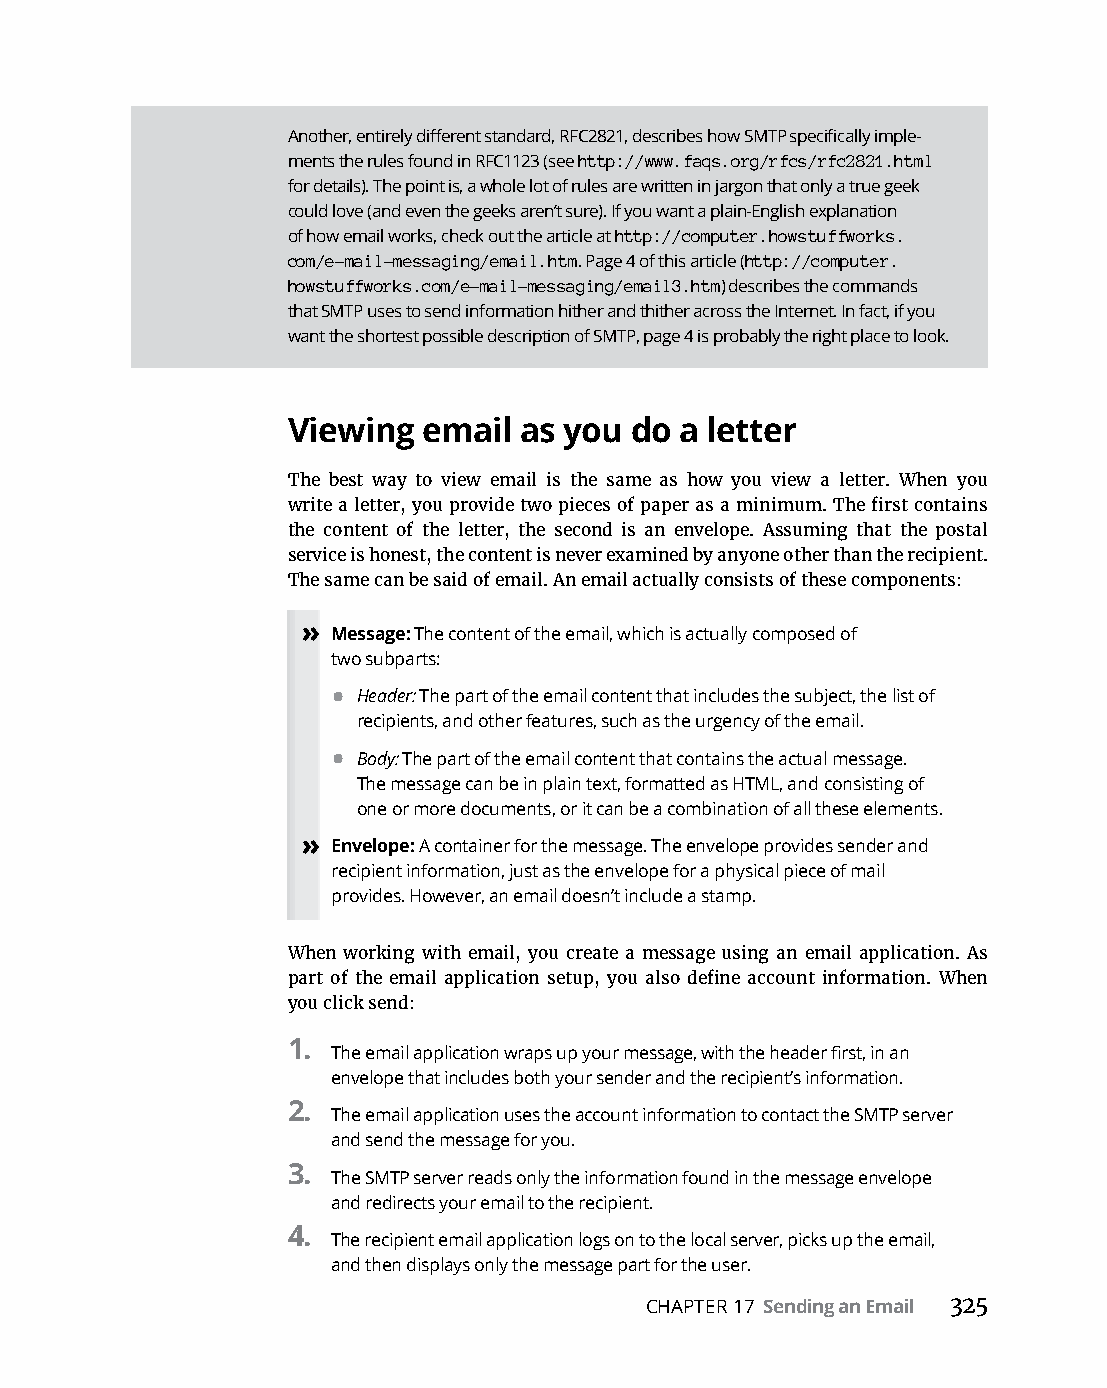
Another, entirely different standard, RFC2821, describes how SMTP specifically imple-
 ments the rules found in RFC1123 (see http://www.faqs.org/rfcs/rfc2821.html
 for details). The point is, a whole lot of rules are written in jargon that only a true geek
 could love (and even the geeks aren’t sure). If you want a plain-English explanation
 of how email works, check out the article at http://computer.howstuffworks.
 com/e-mail-messaging/email.htm. Page 4 of this article (http://computer.
 howstuffworks.com/e-mail-messaging/email3.htm) describes the commands
 that SMTP uses to send information hither and thither across the Internet. In fact, if you
 want the shortest possible description of SMTP, page 4 is probably the right place to look.
 Viewing  email as you  do a letter
 The best way to view email is the same as how you view a letter. When you
 write a letter, you provide two pieces of paper as a minimum. The first contains
 the content of the letter, the second is an envelope. Assuming that the postal
 service is honest, the content is never examined by anyone other than the recipient.
 The same can be said of email. An email actually consists of these components:
 » Message: The content of the email, which is actually composed of
 two subparts:
 • Header: The part of the email content that includes the subject, the list of
 recipients, and other features, such as the urgency of the email.
 • Body: The part of the email content that contains the actual message.
 The message can be in plain text, formatted as HTML, and consisting of
 one or more documents, or it can be a combination of all these elements.
 » Envelope: A container for the message. The envelope provides sender and
 recipient information, just as the envelope for a physical piece of mail
 provides. However, an email doesn’t include a stamp.
 When working with email, you create a message using an email application. As
 part of the email application setup, you also define account information. When
 you click send:
 1.
 The email application wraps up your message, with the header first, in an
 envelope that includes both your sender and the recipient’s information.
 2.
 The email application uses the account information to contact the SMTP server
 and send the message for you.
 3.
 The SMTP server reads only the information found in the message envelope
 and redirects your email to the recipient.
 4.
 The recipient email application logs on to the local server, picks up the email,
 and then displays only the message part for the user.
 CHAPTER 17 Sending an Email 325